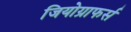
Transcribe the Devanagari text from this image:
जियोग्राफर्स